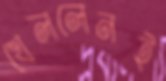
খেললেনই